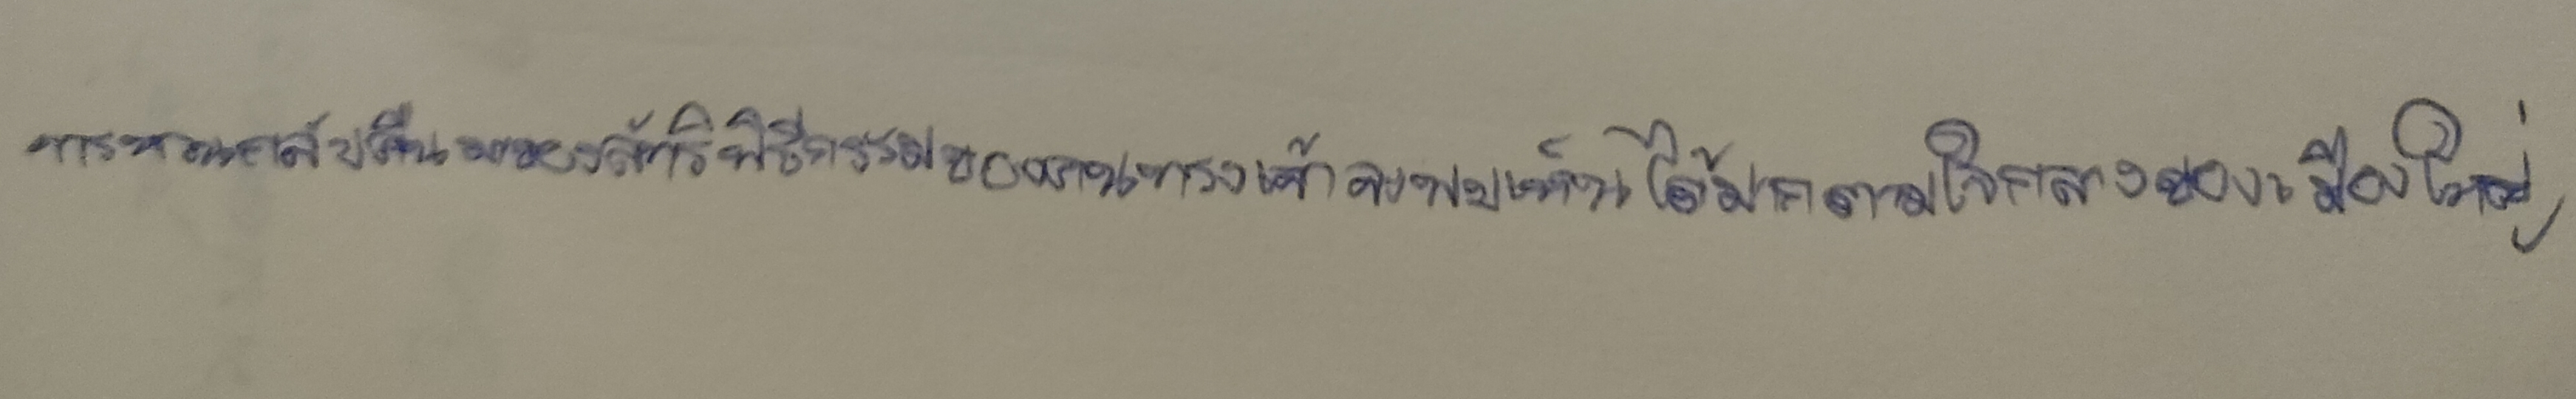
การหวนกลับคืนมาของลัทธิพิธีกรรมของคนทรงเจ้าจะพบเห็นได้มากตามใจกลางของเมืองใหญ่